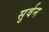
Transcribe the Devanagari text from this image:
सुर्वन